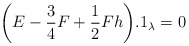
\begin{align*}\bigg(E-\frac{3}{4}F+\frac{1}{2}Fh\bigg).1_{\lambda}=0\end{align*}